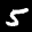
Label: 5